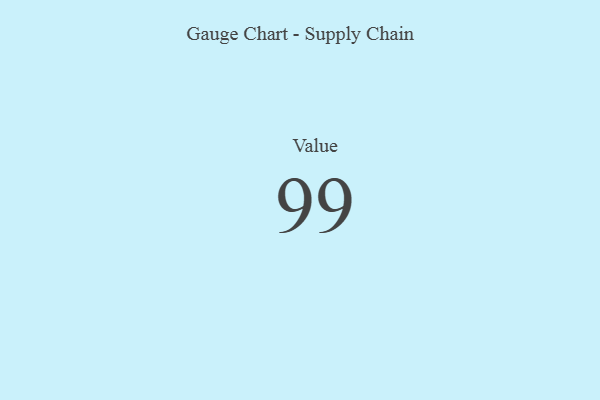
{"axis": {"x": "Metric", "y": "Value"}, "legend": [""], "data": [{"x": "Value", "y": 99, "type": ""}]}